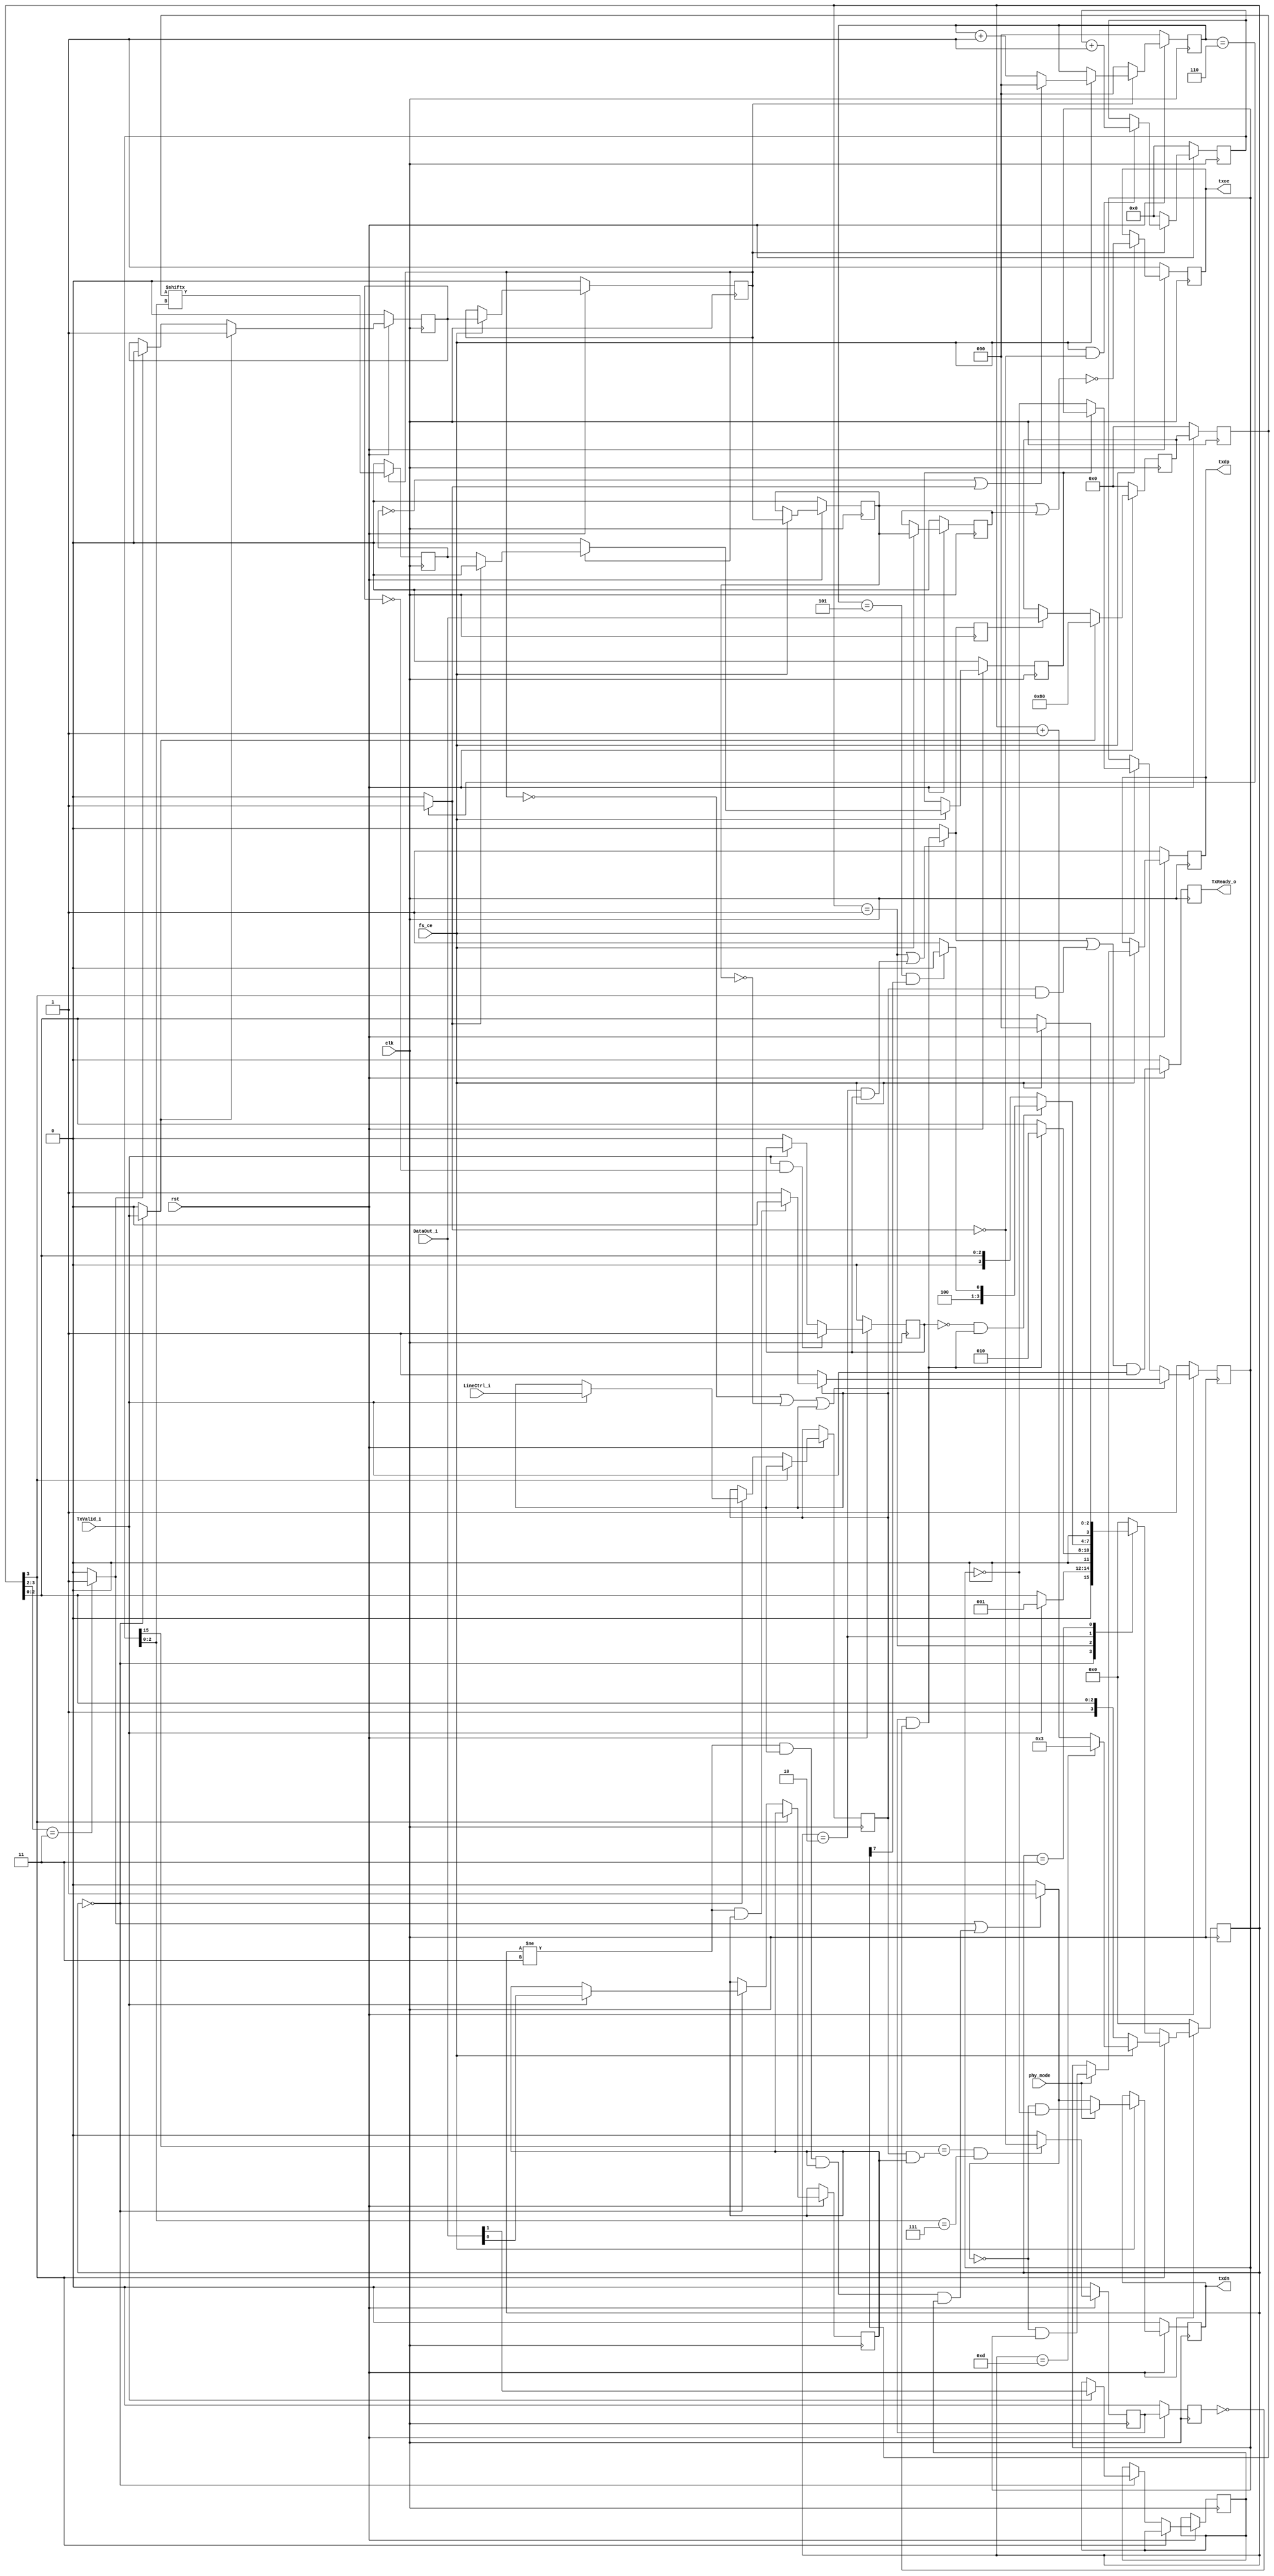
// File ../../../../usb11_phy_vhdl/usb_tx_phy.vhd translated with vhd2vl v3.0 VHDL to Verilog RTL translator
// vhd2vl settings:
//  * Verilog Module Declaration Style: 2001

// vhd2vl is Free (libre) Software:
//   Copyright (C) 2001 Vincenzo Liguori - Ocean Logic Pty Ltd
//     http://www.ocean-logic.com
//   Modifications Copyright (C) 2006 Mark Gonzales - PMC Sierra Inc
//   Modifications (C) 2010 Shankar Giri
//   Modifications Copyright (C) 2002-2017 Larry Doolittle
//     http://doolittle.icarus.com/~larry/vhd2vl/
//   Modifications (C) 2017 Rodrigo A. Melo
//
//   vhd2vl comes with ABSOLUTELY NO WARRANTY.  Always check the resulting
//   Verilog for correctness, ideally with a formal verification tool.
//
//   You are welcome to redistribute vhd2vl under certain conditions.
//   See the license (GPLv2) file included with the source for details.

// The result of translation follows.  Its copyright status should be
// considered unchanged from the original VHDL.

//======================================================================================--
//          Verilog to VHDL conversion by Martin Neumann martin@neumnns-mail.de         --
//                                                                                      --
//          ///////////////////////////////////////////////////////////////////         --
//          //                                                               //         --
//          //  USB 1.1 PHY                                                  //         --
//          //  TX                                                           //         --
//          //                                                               //         --
//          //                                                               //         --
//          //  Author: Rudolf Usselmann                                     //         --
//          //          rudi@asics.ws                                        //         --
//          //                                                               //         --
//          //                                                               //         --
//          //  Downloaded from: http://www.opencores.org/cores/usb_phy/     //         --
//          //                                                               //         --
//          ///////////////////////////////////////////////////////////////////         --
//          //                                                               //         --
//          //  Copyright (C) 2000-2002 Rudolf Usselmann                     //         --
//          //                          www.asics.ws                         //         --
//          //                          rudi@asics.ws                        //         --
//          //                                                               //         --
//          //  This source file may be used and distributed without         //         --
//          //  restriction provided that this copyright statement is not    //         --
//          //  removed from the file and that any derivative work contains  //         --
//          //  the original copyright notice and the associated disclaimer. //         --
//          //                                                               //         --
//          //      THIS SOFTWARE IS PROVIDED ``AS IS'' AND WITHOUT ANY      //         --
//          //  EXPRESS OR IMPLIED WARRANTIES, INCLUDING, BUT NOT LIMITED    //         --
//          //  TO, THE IMPLIED WARRANTIES OF MERCHANTABILITY AND FITNESS    //         --
//          //  FOR A PARTICULAR PURPOSE. IN NO EVENT SHALL THE AUTHOR       //         --
//          //  OR CONTRIBUTORS BE LIABLE FOR ANY DIRECT, INDIRECT,          //         --
//          //  INCIDENTAL, SPECIAL, EXEMPLARY, OR CONSEQUENTIAL DAMAGES     //         --
//          //  (INCLUDING, BUT NOT LIMITED TO, PROCUREMENT OF SUBSTITUTE    //         --
//          //  GOODS OR SERVICES; LOSS OF USE, DATA, OR PROFITS; OR         //         --
//          //  BUSINESS INTERRUPTION) HOWEVER CAUSED AND ON ANY THEORY OF   //         --
//          //  LIABILITY, WHETHER IN  CONTRACT, STRICT LIABILITY, OR TORT   //         --
//          //  (INCLUDING NEGLIGENCE OR OTHERWISE) ARISING IN ANY WAY OUT   //         --
//          //  OF THE USE OF THIS SOFTWARE, EVEN IF ADVISED OF THE          //         --
//          //  POSSIBILITY OF SUCH DAMAGE.                                  //         --
//          //                                                               //         --
//          ///////////////////////////////////////////////////////////////////         --
//======================================================================================--
//                                                                                      --
// Change history                                                                       --
// +-------+-----------+-------+------------------------------------------------------+ --
// | Vers. | Date      | Autor | Comment                                              | --
// +-------+-----------+-------+------------------------------------------------------+ --
// |  2.1  |20 Jul 2019| EMARD | LineCtrl_i: 0: Data TX, 1: KEEPALIVE/RESUME/RESET    | --
// |       |           |       | DataOut_i(1 downto 0)="00": KEEPALIVE (2 clk of SE0) | --
// |       |           |       | DataOut_i(1 downto 0)="01": RESUME (20ms of K)       | --
// |       |           |       | DataOut_i(1 downto 0)="11": RESET (20ms of SE0)      | --
// |  2.0  | 3 Jul 2016|  MN   | Changed eop logic due to USB spec violation          | --
// |  1.1  |23 Apr 2011|  MN   | Added missing 'rst' in process sensitivity lists     | --
// |       |           |       | Added ELSE constructs in next_state process to       | --
// |       |           |       |   prevent an undesired latch implementation.         | --
// |  1.0  |04 Feb 2011|  MN   | Initial version                                      | --
//======================================================================================--
// no timescale needed

module usb_tx_phy(
input wire clk,
input wire rst,
input wire fs_ce,
input wire phy_mode,
output reg txdp,
output reg txdn,
output reg txoe,
input wire LineCtrl_i,
input wire [7:0] DataOut_i,
input wire TxValid_i,
output reg TxReady_o
);

// HIGH level for differential IO mode (else single-ended)
// Transciever Interface
// UTMI Interface
// 0: Data TX, 1: LineCtrl
// TX byte or LineCtrl mode



reg [7:0] hold_reg;
reg ld_data;
wire ld_data_d;
wire ld_sop_d;
reg R_LineCtrl_i;
reg R_long_i;
reg R_busreset_i;
reg [15:0] bit_cnt;  // 20ms long @ 6MHz: (15 downto 0)
wire sft_done_e;
wire any_eop_state;
wire append_eop;
wire se_state;
reg data_xmit;
reg [7:0] hold_reg_d;
reg [2:0] one_cnt;
reg sd_bs_o;
reg sd_nrzi_o;
reg sd_raw_o;
reg sft_done;
reg sft_done_r;
reg [3:0] state;
wire stuff;
reg tx_ip;
reg tx_ip_sync;
reg txoe_r1; reg txoe_r2;
wire S_long;
parameter IDLE_STATE = 4'b0000;
parameter SOP_STATE = 4'b0001;
parameter DATA_STATE = 4'b0010;
parameter WAIT_STATE = 4'b0011;
parameter EOP0_STATE = 4'b1000;
parameter EOP1_STATE = 4'b1001;
parameter EOP2_STATE = 4'b1010;
parameter EOP3_STATE = 4'b1011;
parameter EOP4_STATE = 4'b1100;
parameter EOP5_STATE = 4'b1101;

  //======================================================================================--
  // Misc Logic                                                                         --
  //======================================================================================--
  always @(posedge clk) begin
    if(rst == 1'b0) begin
      TxReady_o <= 1'b0;
    end else begin
      TxReady_o <= (ld_data_d | (R_LineCtrl_i & any_eop_state)) & TxValid_i;
    end
  end

  always @(posedge clk) begin
    ld_data <= ld_data_d;
  end

  //======================================================================================--
  // Transmit in progress indicator                                                     --
  //======================================================================================--
  always @(posedge clk) begin
    if(rst == 1'b0) begin
      tx_ip <= 1'b0;
    end else begin
      if(ld_sop_d == 1'b1) begin
        tx_ip <= 1'b1;
      end
      else if(append_eop == 1'b1) begin
        tx_ip <= 1'b0;
      end
    end
  end

  always @(posedge clk) begin
    if(rst == 1'b0) begin
      tx_ip_sync <= 1'b0;
    end else begin
      if(fs_ce == 1'b1) begin
        tx_ip_sync <= tx_ip;
      end
    end
  end

  // data_xmit helps us to catch cases where TxValid drops due to
  // packet END and then gets re-asserted as a new packet starts.
  // We might not see this because we are still transmitting.
  // data_xmit should solve those cases ...
  always @(posedge clk) begin
    if(rst == 1'b0) begin
      data_xmit <= 1'b0;
    end else begin
      if(TxValid_i == 1'b1 && tx_ip == 1'b0) begin
        data_xmit <= 1'b1;
      end
      else if(TxValid_i == 1'b0) begin
        data_xmit <= 1'b0;
      end
    end
  end

  //======================================================================================--
  // Shift Register                                                                     --
  //======================================================================================--
  always @(posedge clk) begin
      //IF rising_edge(clk) THEN
    if(rst == 1'b0) begin
      bit_cnt <= {16{1'b0}};
    end else begin
      if(tx_ip_sync == 1'b0) begin
        bit_cnt <= {16{1'b0}};
      end
      else if(fs_ce == 1'b1 && stuff == 1'b0) begin
        bit_cnt <= bit_cnt + 1;
      end
    end
  end

  always @(posedge clk) begin
    if(tx_ip_sync == 1'b0) begin
      sd_raw_o <= 1'b0;
    end
    else begin
      sd_raw_o <= hold_reg_d[bit_cnt[2:0]];
    end
  end

  always @(posedge clk) begin
    if(rst == 1'b0) begin
      sft_done <= 1'b0;
      sft_done_r <= 1'b0;
    end else begin
      if(bit_cnt[(15)] == (R_LineCtrl_i & R_long_i) && bit_cnt[2:0] == 3'b111) begin
        sft_done <=  ~stuff;
      end
      else begin
        sft_done <= 1'b0;
      end
      sft_done_r <= sft_done;
    end
  end

  assign sft_done_e = sft_done &  ~sft_done_r;
  // Out Data Hold Register
  always @(posedge clk) begin
    if(rst == 1'b0) begin
      hold_reg <= 8'h00;
      hold_reg_d <= 8'h00;
    end else begin
      if(ld_sop_d == 1'b1) begin
        hold_reg <= 8'h80;
      end
      else if(ld_data == 1'b1) begin
        hold_reg <= DataOut_i;
      end
      hold_reg_d <= hold_reg;
    end
  end

  //======================================================================================--
  // Bit Stuffer                                                                        --
  //======================================================================================--
  always @(posedge clk) begin
    if(rst == 1'b0) begin
      one_cnt <= 3'b000;
    end else begin
      if(tx_ip_sync == 1'b0) begin
        one_cnt <= 3'b000;
      end
      else if(fs_ce == 1'b1) begin
        if(sd_raw_o == 1'b0 || stuff == 1'b1) begin
          one_cnt <= 3'b000;
        end
        else begin
          one_cnt <= one_cnt + 1;
        end
      end
    end
  end

  assign stuff = one_cnt == 3'b110 ? 1'b1 : 1'b0;
  always @(posedge clk) begin
    if(rst == 1'b0) begin
      sd_bs_o <= 1'b0;
    end else begin
      if(fs_ce == 1'b1) begin
        if(tx_ip_sync == 1'b0) begin
          sd_bs_o <= 1'b0;
        end
        else begin
          if(stuff == 1'b1) begin
            sd_bs_o <= 1'b0;
          end
          else begin
            sd_bs_o <= sd_raw_o;
          end
        end
      end
    end
  end

  //======================================================================================--
  // NRZI Encoder                                                                       --
  //======================================================================================--
  always @(posedge clk) begin
    if(rst == 1'b0) begin
      sd_nrzi_o <= 1'b1;
    end else begin
      if(tx_ip_sync == 1'b0 || txoe_r1 == 1'b0 || R_LineCtrl_i == 1'b1) begin
        if(R_LineCtrl_i == 1'b1) begin
          sd_nrzi_o <= S_long;
        end
        else begin
          sd_nrzi_o <= 1'b1;
        end
      end
      else if(fs_ce == 1'b1) begin
        if(sd_bs_o == 1'b1) begin
          sd_nrzi_o <= sd_nrzi_o;
        end
        else begin
          sd_nrzi_o <=  ~sd_nrzi_o;
        end
      end
    end
  end

  //======================================================================================--
  // Output Enable Logic                                                                --
  //======================================================================================--
  always @(posedge clk) begin
    if(rst == 1'b0) begin
      txoe_r1 <= 1'b0;
      txoe_r2 <= 1'b0;
      txoe <= 1'b1;
    end else begin
      if(fs_ce == 1'b1) begin
        txoe_r1 <= tx_ip_sync;
        txoe_r2 <= txoe_r1;
        txoe <=  ~(txoe_r1 | txoe_r2);
      end
    end
  end

  //======================================================================================--
  // Output Registers                                                                   --
  //======================================================================================--
  always @(posedge clk) begin
    if(rst == 1'b0) begin
      txdp <= 1'b1;
      txdn <= 1'b0;
    end else begin
      if(fs_ce == 1'b1) begin
        if(phy_mode == 1'b1) begin
          txdp <=  ~se_state & sd_nrzi_o;
          txdn <=  ~se_state &  ~sd_nrzi_o;
        end
        else begin
          txdp <= sd_nrzi_o;
          txdn <= se_state;
        end
      end
    end
  end

  //======================================================================================--
  // Tx Statemashine                                                                    --
  //======================================================================================--
  assign any_eop_state = state[3];
  always @(posedge clk) begin
    if(rst == 1'b0) begin
      state <= IDLE_STATE;
    end else begin
      if(any_eop_state == 1'b0) begin
        case(state)
        IDLE_STATE : begin
          if(TxValid_i == 1'b1) begin
            R_LineCtrl_i <= LineCtrl_i;
            R_long_i <= DataOut_i[0];
            R_busreset_i <= DataOut_i[1];
            //                               IF DataOut_i(0) = '0' THEN
            //                                 state <= EOP1_STATE; -- fast but txready_o wrong
            //                               ELSE
            state <= SOP_STATE;
            //                               END IF;
          end
        end
        SOP_STATE : begin
          if(sft_done_e == 1'b1) begin
            state <= DATA_STATE;
          end
        end
        DATA_STATE : begin
          if(data_xmit == 1'b0 && sft_done_e == 1'b1) begin
            if(one_cnt == 3'b101 && hold_reg_d[7] == 1'b1) begin
              state <= EOP0_STATE;
            end
            else begin
              state <= EOP1_STATE;
            end
          end
        end
        WAIT_STATE : begin
          if(fs_ce == 1'b1) begin
            state <= IDLE_STATE;
          end
        end
        default : begin
          state <= IDLE_STATE;
        end
        endcase
      end
      else begin
        if(fs_ce == 1'b1) begin
          if(state == EOP5_STATE) begin
            state <= WAIT_STATE;
          end
          else begin
            state <= (state) + 1;
          end
        end
      end
    end
  end

  assign append_eop = (state[3:2] == 2'b11) ? 1'b1 : 1'b0;
  // EOP4_STATE OR EOP5_STATE
  assign se_state = append_eop == 1'b1 || (state != WAIT_STATE && R_LineCtrl_i == 1'b1 && R_long_i == 1'b1 && R_busreset_i == 1'b1) ? 1'b1 : 1'b0;
  assign ld_sop_d = state == IDLE_STATE ? TxValid_i : 1'b0;
  assign ld_data_d = state == SOP_STATE || (state == DATA_STATE && data_xmit == 1'b1) ? sft_done_e : 1'b0;
  assign S_long = state != WAIT_STATE && R_long_i == 1'b1 ? 1'b0 : 1'b1;

endmodule